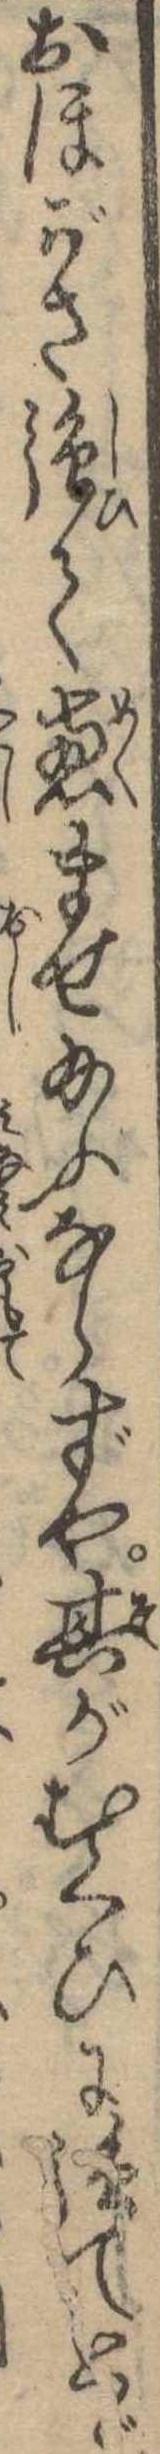
おほがさ強て恵ませ給ふならずや其がむくひに強てとゞ